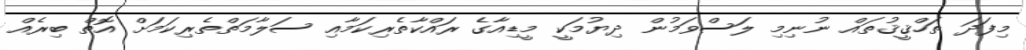
މިފަދަ ތަހްޤީޤުތައް ނުނިމި ލަސްވަމުން ދިޔުމަކީ މީޑިއާގެ ރައްކާތެރިކަމާއި ސަލާމަތްތެރިކަމަށް އޮތް ބިރެއް